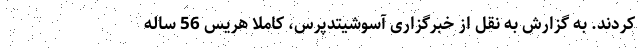
کردند. به گزارش به نقل از خبرگزاری آسوشیتدپرس، کاملا هریس 56 ساله